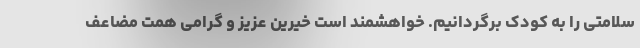
سلامتی را به کودک برگردانیم. خواهشمند است خیرین عزیز و گرامی همت مضاعف